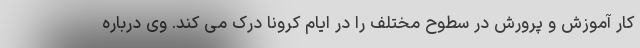
کار آموزش و پرورش در سطوح مختلف را در ایام کرونا درک می کند. وی درباره